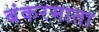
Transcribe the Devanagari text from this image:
बंकरमाता